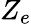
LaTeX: Z_{e}